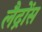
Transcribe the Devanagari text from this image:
लैद्रोंस